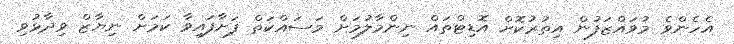
އެހެންވެ މުވައްޒަފުން އިތުރުކޮށް އޮޑިޓްތައް ނިންމާލުމަށް މަސައްކަތް ފަށާފައިވާ ކަމަށް ނިޔާޒް ވިދާޅުވި